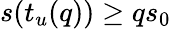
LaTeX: s(t_{u}(q))\geq qs_{0}